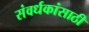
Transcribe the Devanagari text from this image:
संवर्धकांसाठी